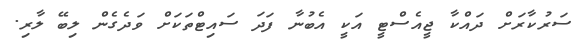
ސަރުކާރަށް ދައްކާ ޖީއެސްޓީ އަކީ އެބުނާ ފަދަ ސައިޓްތަކަށް ވަދެގެން ލިބޭ ލާރި.